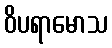
ဝိပရာမောသ